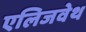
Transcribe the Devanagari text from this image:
एलिजवेथ